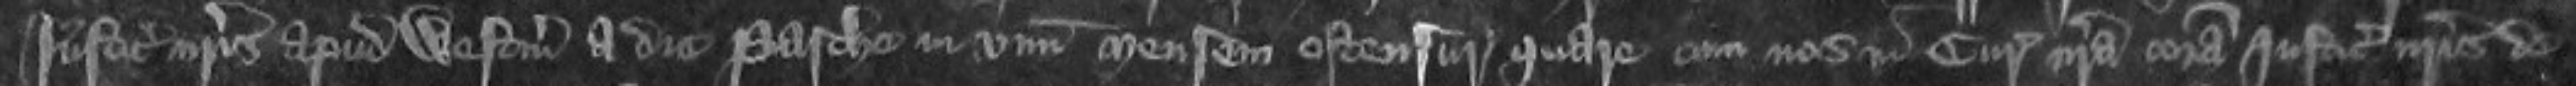
Justiciariis nostris apud Westmonasterium a die Pasche in unum mensem ostensire quare cum nos in Curia nostra coram Justiciariis nostris de